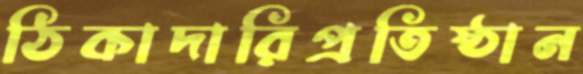
ঠিকাদারিপ্রতিষ্ঠান